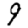
Digit: 9